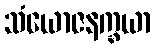
သံယောဇနက္ခယာ